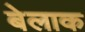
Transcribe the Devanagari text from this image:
बेलाक